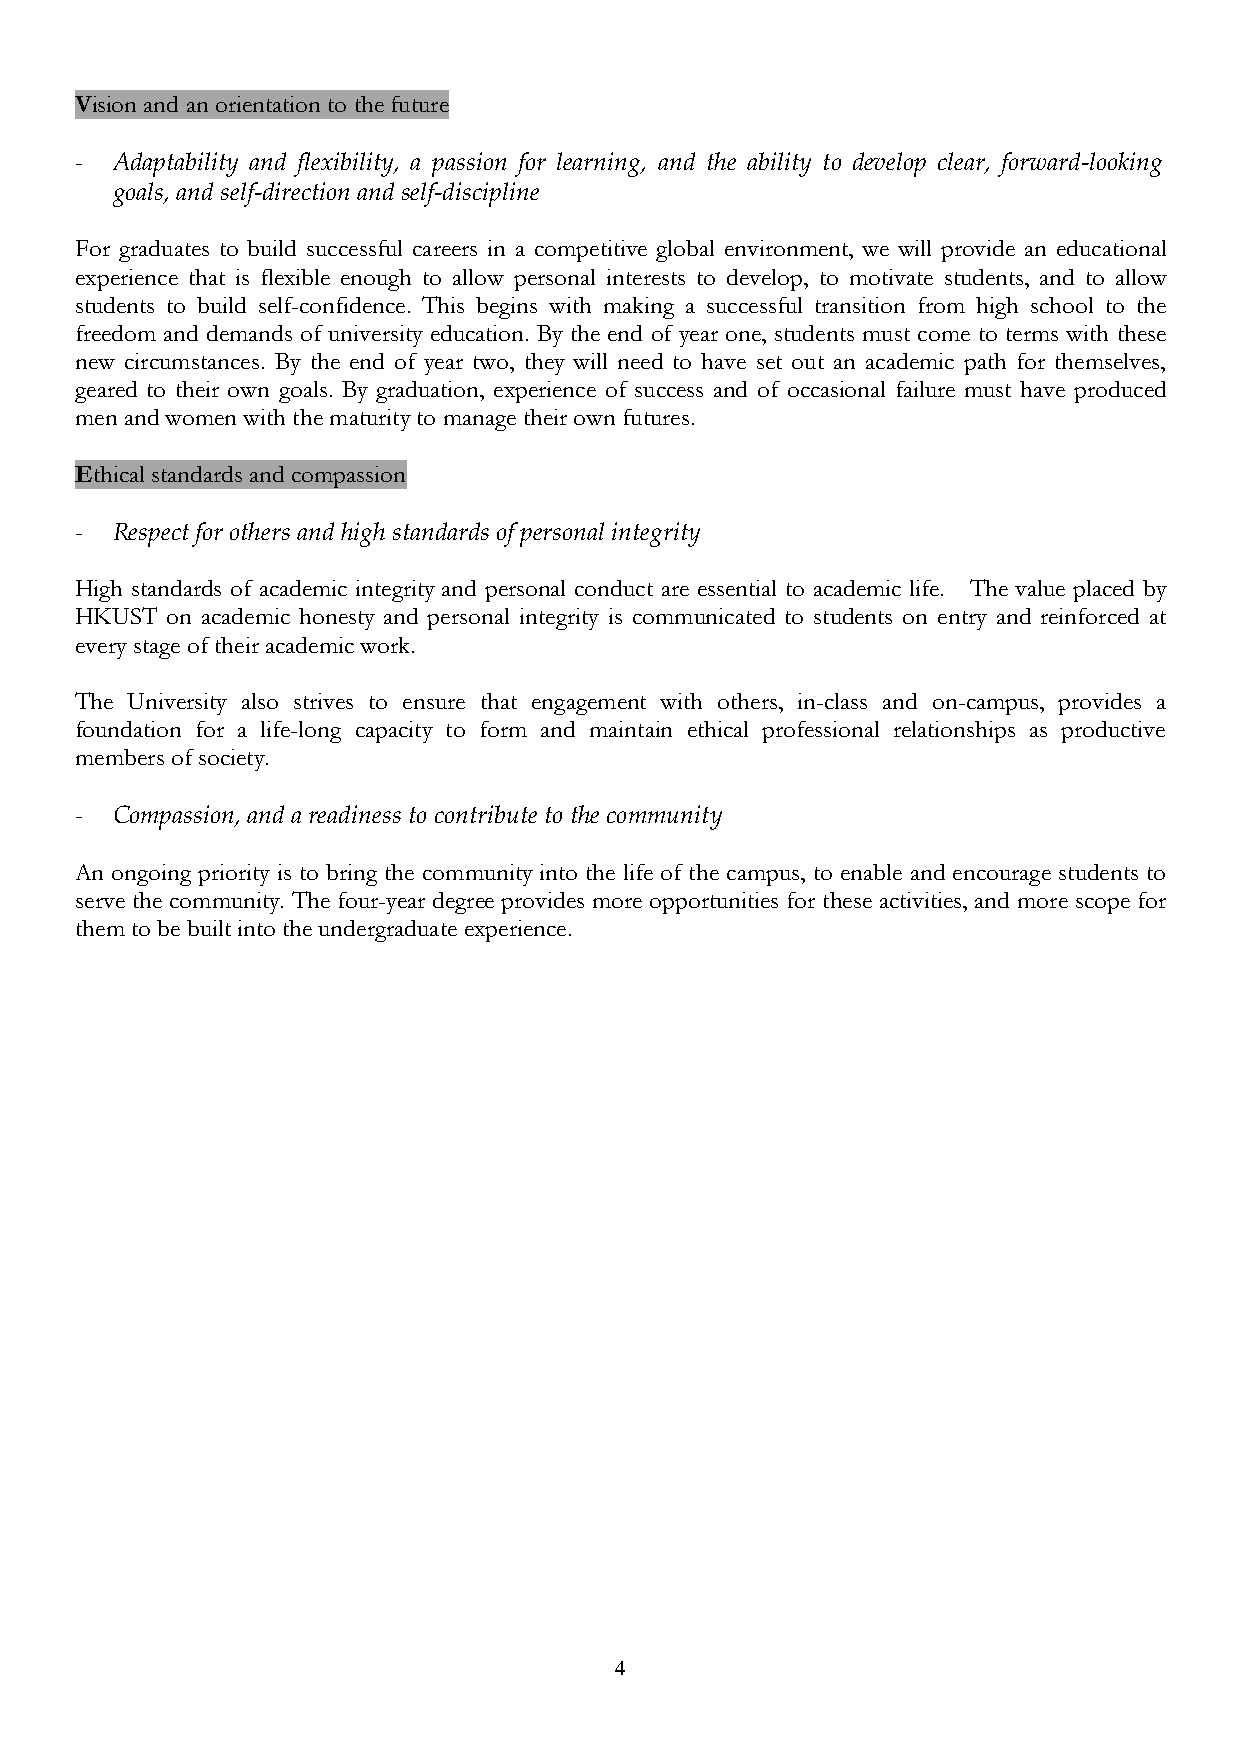
Vision and an orientation to the future
 - Adaptability and flexibility, a passion for learning, and the ability to develop clear, forward-looking
 goals, and self-direction and self-discipline
 For graduates to build successful careers in a competitive global environment, we will provide an educational
 experience that is flexible enough to allow personal interests to develop, to motivate students, and to allow
 students to build self-confidence. This begins with making a successful transition from high school to the
 freedom and demands of university education. By the end of year one, students must come to terms with these
 new circumstances. By the end of year two, they will need to have set out an academic path for themselves,
 geared to their own goals. By graduation, experience of success and of occasional failure must have produced
 men and women with the maturity to manage their own futures.
 Ethical standards and compassion
 - Respect for others and high standards of personal integrity
 High standards of academic integrity and personal conduct are essential to academic life. The value placed by
 HKUST on academic honesty and personal integrity is communicated to students on entry and reinforced at
 every stage of their academic work.
 The University also strives to ensure that engagement with others, in-class and on-campus, provides a
 foundation for a life-long capacity to form and maintain ethical professional relationships as productive
 members of society.
 - Compassion, and a readiness to contribute to the community
 An ongoing priority is to bring the community into the life of the campus, to enable and encourage students to
 serve the community. The four-year degree provides more opportunities for these activities, and more scope for
 them to be built into the undergraduate experience.
 4